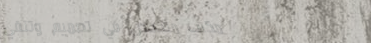
مكتب متخصص في تصميم وتنفي